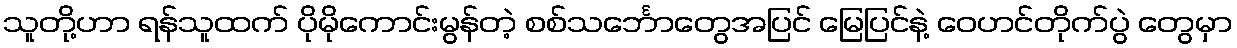
သူတို့ဟာ ရန်သူထက် ပိုမိုကောင်းမွန်တဲ့ စစ်သင်္ဘောတွေအပြင် မြေပြင်နဲ့ ဝေဟင်တိုက်ပွဲ တွေမှာ